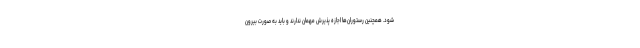
شود. همچنین رستوران‌ها اجازه پذیرش مهمان ندارند و باید به صورت بیرون